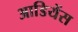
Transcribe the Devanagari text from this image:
आडियेंस